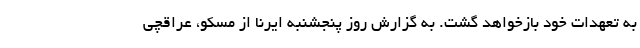
به تعهدات خود بازخواهد گشت. به گزارش روز پنجشنبه ایرنا از مسکو، عراقچی